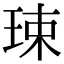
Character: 㻋